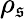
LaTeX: \rho_{\mathfrak{s}}